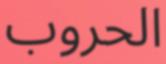
الحروب